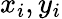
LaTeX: x_{i},y_{i}